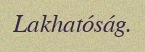
Lakhatóság.